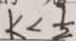
k < \frac { 1 } { 2 }